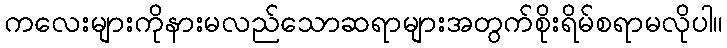
ကလေးများကိုနားမလည်သောဆရာများအတွက်စိုးရိမ်စရာမလိုပါ။